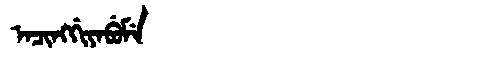
Manchu: ᠠᠴᡳᠩᡤᡳᠶᠠᠪᡠᠮᡝ
Romanization: ACINGGIYABUME